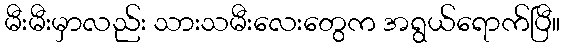
မီးမီးမှာလည်း သားသမီးလေးတွေက အရွယ်ရောက်ပြီ။